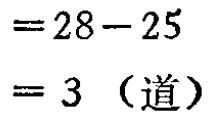
\[
\begin{align*}
&=28 - 25\\
&= 3 \text{（道）}
\end{align*}
\]